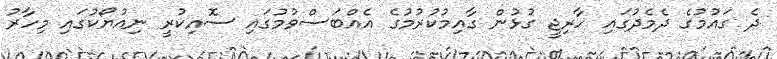
ދެ ގައުމުގެ ދެމެދުގައި ހާރިޖީ ގުޅުން ގާއިމުކުރުމުގެ އެއްބަސްވުމުގައި ސޮއިކުރީ ނިއުޔޯކުގައި މިހާރު